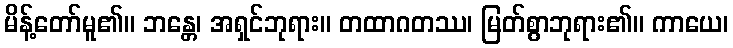
မိန့်တော်မူ၏။ ဘန္တေ၊ အရှင်ဘုရား။ တထာဂတဿ၊ မြတ်စွာဘုရား၏။ ကာယေ၊